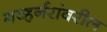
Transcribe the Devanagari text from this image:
गव्हर्नरांवरील